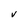
Character: V